Trukikaitis_Postimees, lk 57
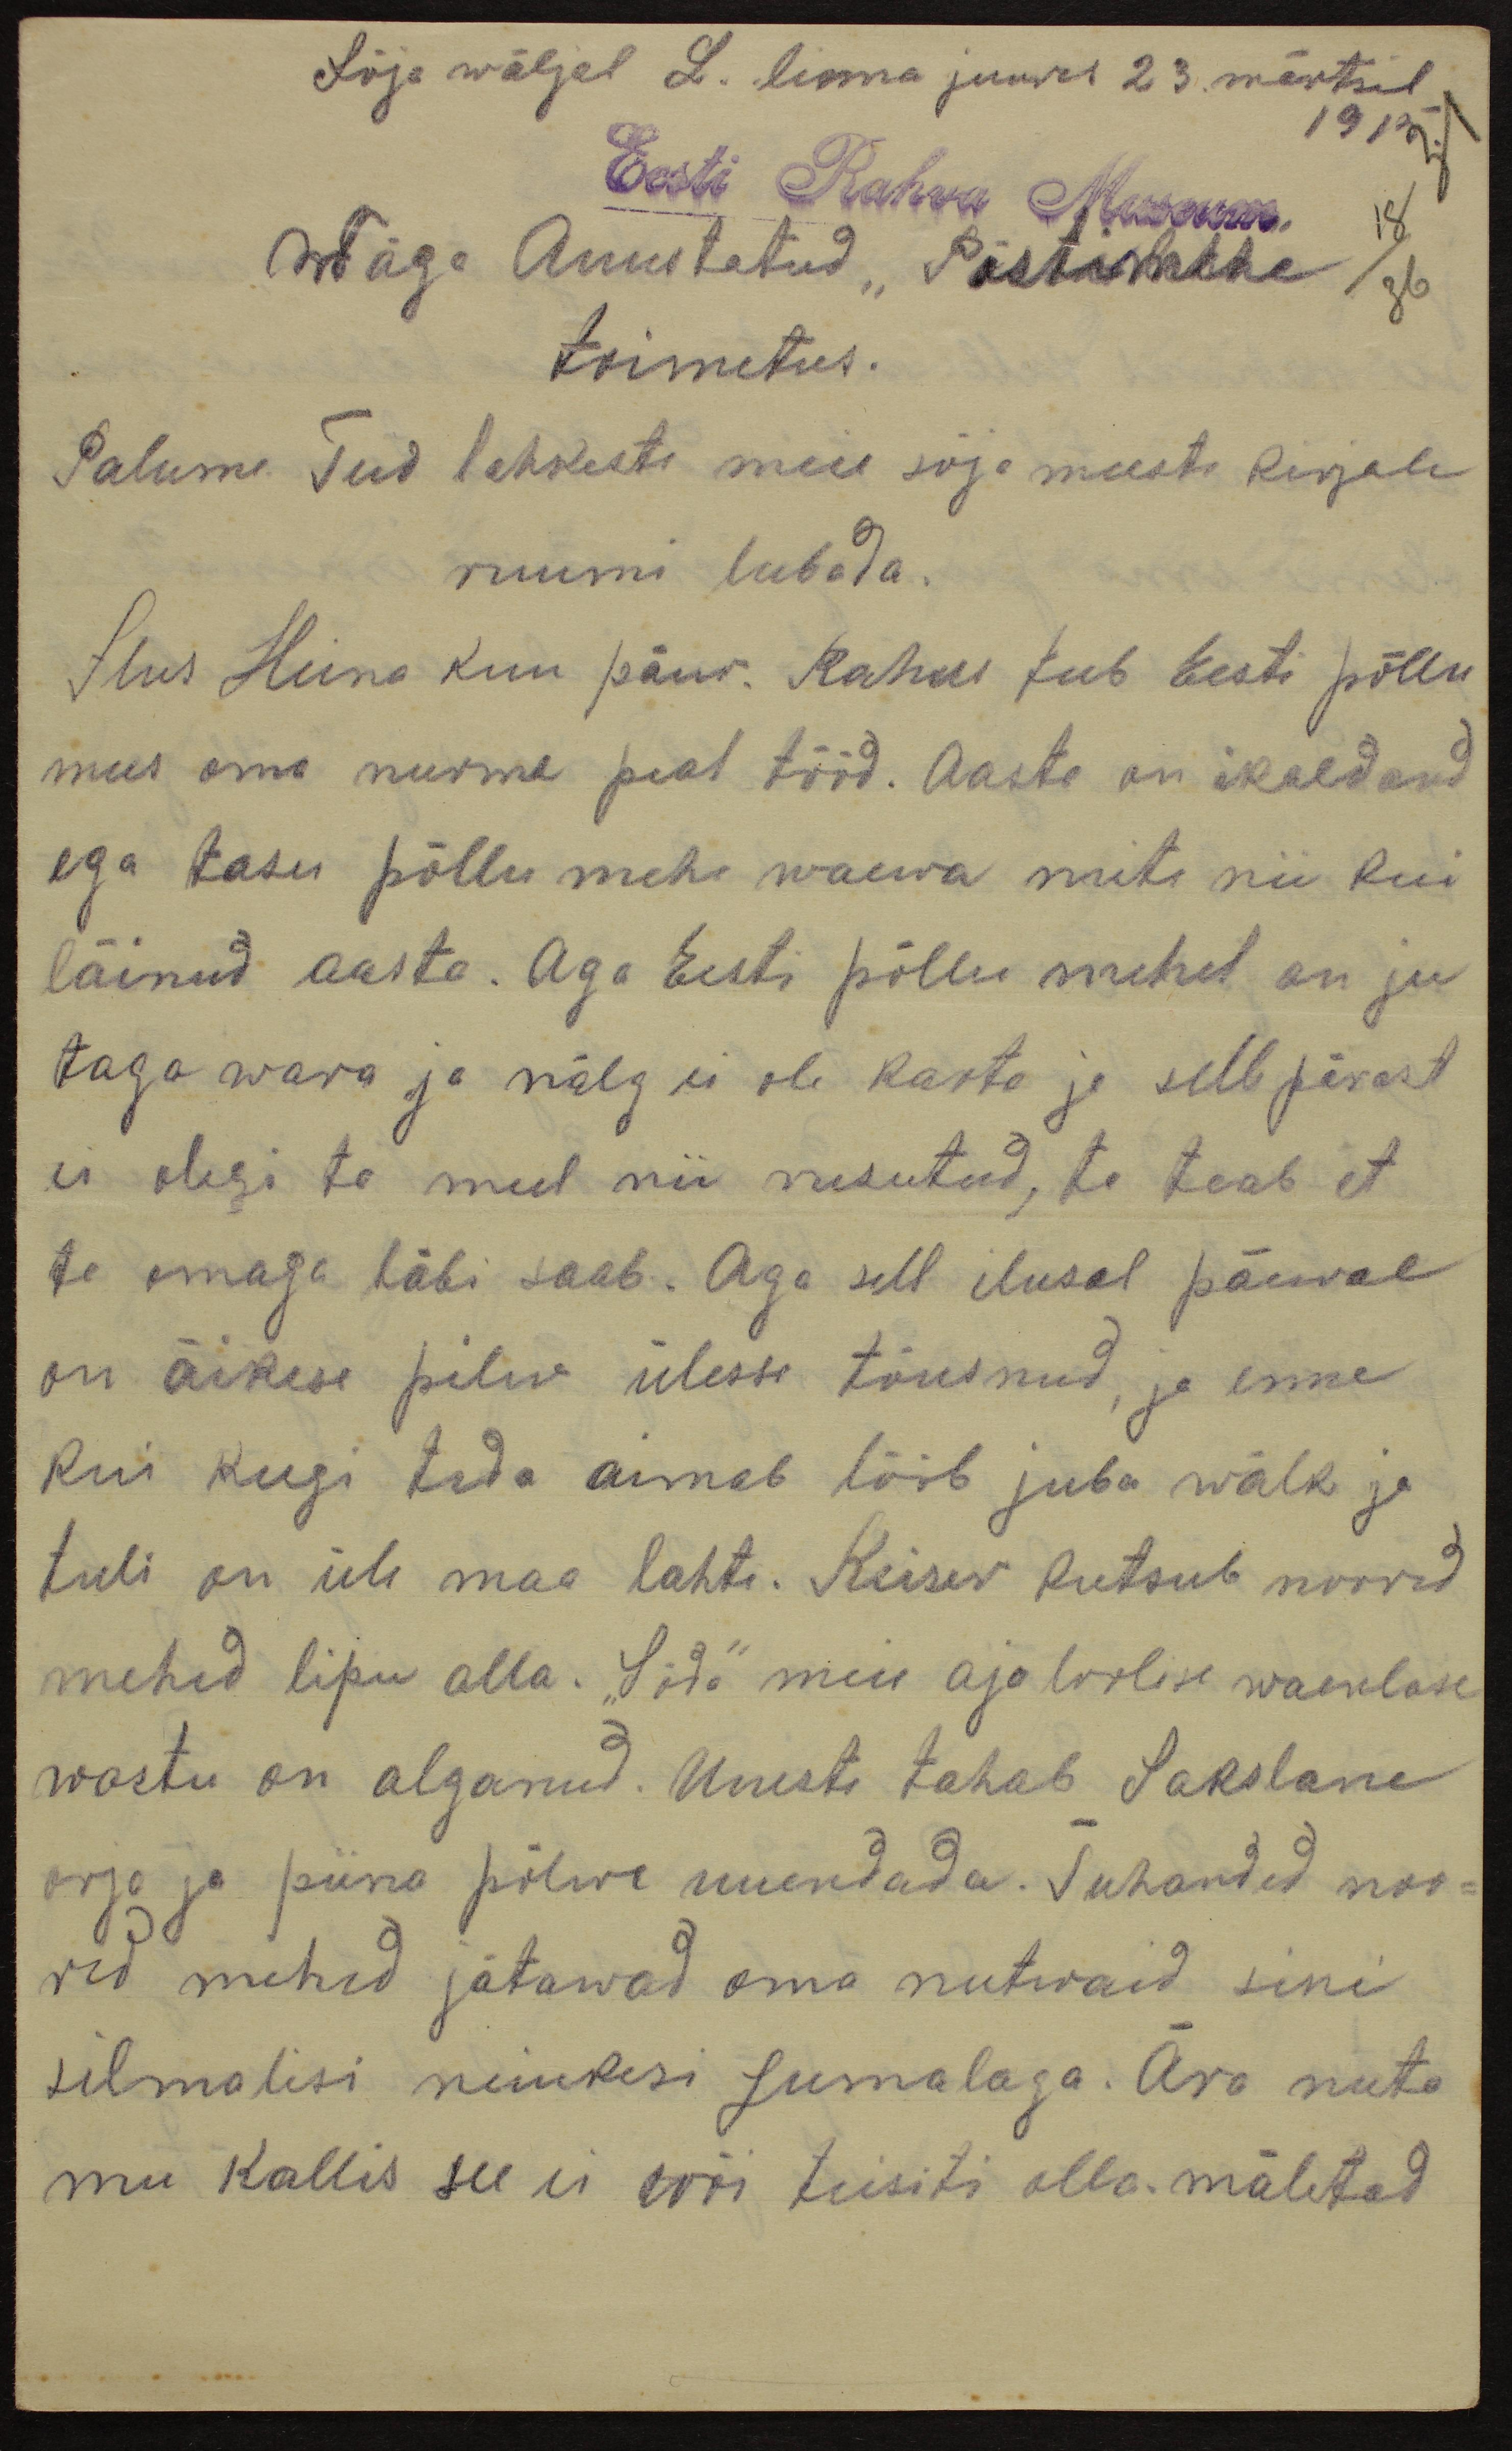
Sõja wäljal L. linna juures 23. märtsil
1915.
31.
Eesti Rahva Museum
18
Wäga Auustatud "Postimehe
36
toimetus.
Palume Teid lahkesti meie sõja meeste kirjale
ruumi lubada.
Ilus Heina kuu päew. Rahus teeb Eesti põllu
mees oma nurme peal tööd. Aasta on ikaldand
ega tasu põllu mehe waewa mite nii kui
läinud aasta. Aga Eesti põllu mehel on ju
taga wara ja nälg ei ole karta ja sellepärast
ei olegi ta meel nii rusutud, ta teab et
ta omaga läbi saab. Aga sell ilusal päewal
on äikese pilw ülesse tõusnud, ja enne
kui keegi teda aimab lööb juba wälk ja
tuli on üle maa lahti. Keiser kutsub noored
mehed lipu alla. "Sõda" meie ajaloolise waenlase
wastu on alganud. Uuesti tahab Sakslane
orja ja piina põlwe uuendada. Tuhanded noo-
red mehed jätawad oma nutwaid sini
silmalisi neiukesi Jumalaga. Ära nuta
mu kallis see ei wõi teisiti olla. mäletad